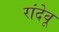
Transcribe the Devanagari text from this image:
रांदेवू